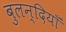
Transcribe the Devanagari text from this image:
बुलन्दियाँ